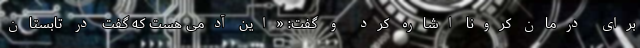
برای درمان کرونا اشاره کرد و گفت: «این آدمی هست که گفت در تابستان